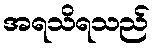
အရသိရသည်